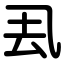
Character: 厾